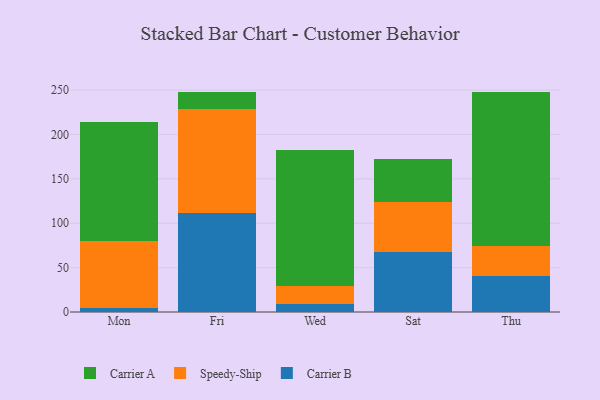
{"axis": {"x": "Day", "y": "Population (Million)"}, "legend": ["Carrier A", "Carrier B", "Speedy-Ship"], "data": [{"x": "Mon", "y": 5.0, "type": "Carrier B"}, {"x": "Mon", "y": 75.4, "type": "Speedy-Ship"}, {"x": "Mon", "y": 133.7, "type": "Carrier A"}, {"x": "Fri", "y": 111.5, "type": "Carrier B"}, {"x": "Fri", "y": 117.1, "type": "Speedy-Ship"}, {"x": "Fri", "y": 19.7, "type": "Carrier A"}, {"x": "Wed", "y": 8.6, "type": "Carrier B"}, {"x": "Wed", "y": 20.4, "type": "Speedy-Ship"}, {"x": "Wed", "y": 153.7, "type": "Carrier A"}, {"x": "Sat", "y": 67.6, "type": "Carrier B"}, {"x": "Sat", "y": 56.5, "type": "Speedy-Ship"}, {"x": "Sat", "y": 47.8, "type": "Carrier A"}, {"x": "Thu", "y": 41.0, "type": "Carrier B"}, {"x": "Thu", "y": 32.9, "type": "Speedy-Ship"}, {"x": "Thu", "y": 174.4, "type": "Carrier A"}]}